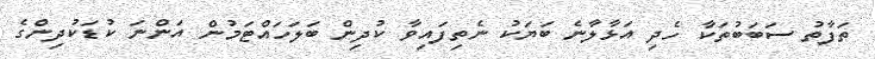
ތަފާތު ސަބަބުތަކާ ހެދި އަޅާލާނެ ބަޔަކު ނެތިފައިވާ ކުދިން ބަލަހައްޓަމުން އަންނަ ކުޑަކުދިންގެ